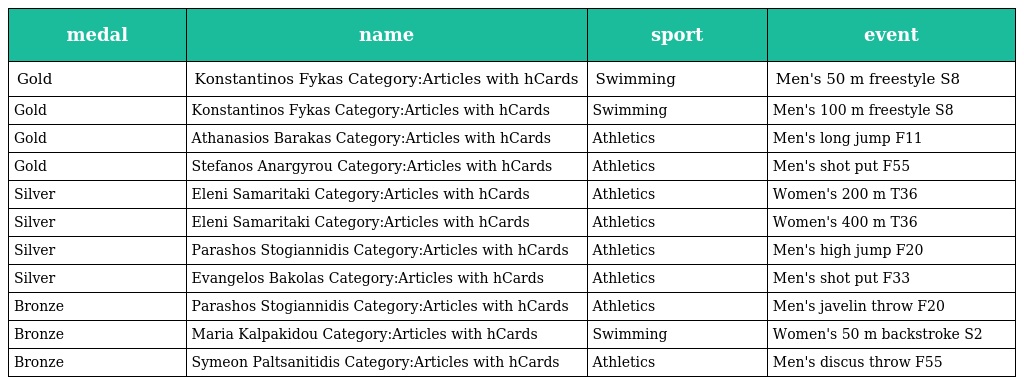
| medal | name | sport | event |
 | --- | --- | --- | --- |
 | Gold | Konstantinos Fykas Category:Articles with hCards | Swimming | Men's 50 m freestyle S8 |
 | Gold | Konstantinos Fykas Category:Articles with hCards | Swimming | Men's 100 m freestyle S8 |
 | Gold | Athanasios Barakas Category:Articles with hCards | Athletics | Men's long jump F11 |
 | Gold | Stefanos Anargyrou Category:Articles with hCards | Athletics | Men's shot put F55 |
 | Silver | Eleni Samaritaki Category:Articles with hCards | Athletics | Women's 200 m T36 |
 | Silver | Eleni Samaritaki Category:Articles with hCards | Athletics | Women's 400 m T36 |
 | Silver | Parashos Stogiannidis Category:Articles with hCards | Athletics | Men's high jump F20 |
 | Silver | Evangelos Bakolas Category:Articles with hCards | Athletics | Men's shot put F33 |
 | Bronze | Parashos Stogiannidis Category:Articles with hCards | Athletics | Men's javelin throw F20 |
 | Bronze | Maria Kalpakidou Category:Articles with hCards | Swimming | Women's 50 m backstroke S2 |
 | Bronze | Symeon Paltsanitidis Category:Articles with hCards | Athletics | Men's discus throw F55 |